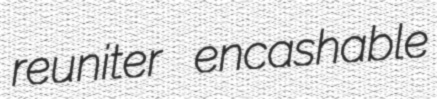
reuniter encashable